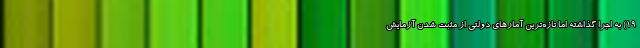
۱۹) به اجرا گذاشته اما تازه‌ترین آمارهای دولتی از مثبت شدن آزمایش